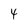
Character: 4